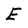
Character: E